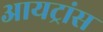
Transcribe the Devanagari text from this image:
आयट्रांस